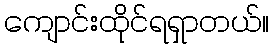
ကျောင်းထိုင်ရရှာတယ်။